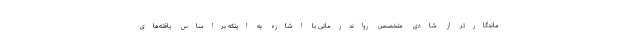
ماندگارتر از شادی متخصص رواندرمانی با اشاره به اینکه براساس یافته‌های